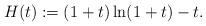
LaTeX: \begin{align*}H(t):=(1+t)\ln (1+t) -t.\end{align*}